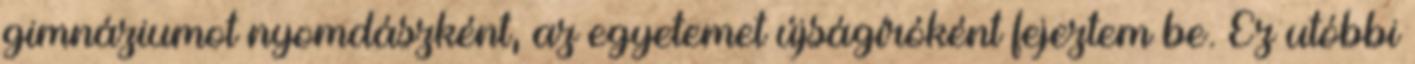
gimnáziumot nyomdászként, az egyetemet újságíróként fejeztem be. Ez utóbbi